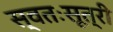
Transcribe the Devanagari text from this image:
स्वतःसूत्री